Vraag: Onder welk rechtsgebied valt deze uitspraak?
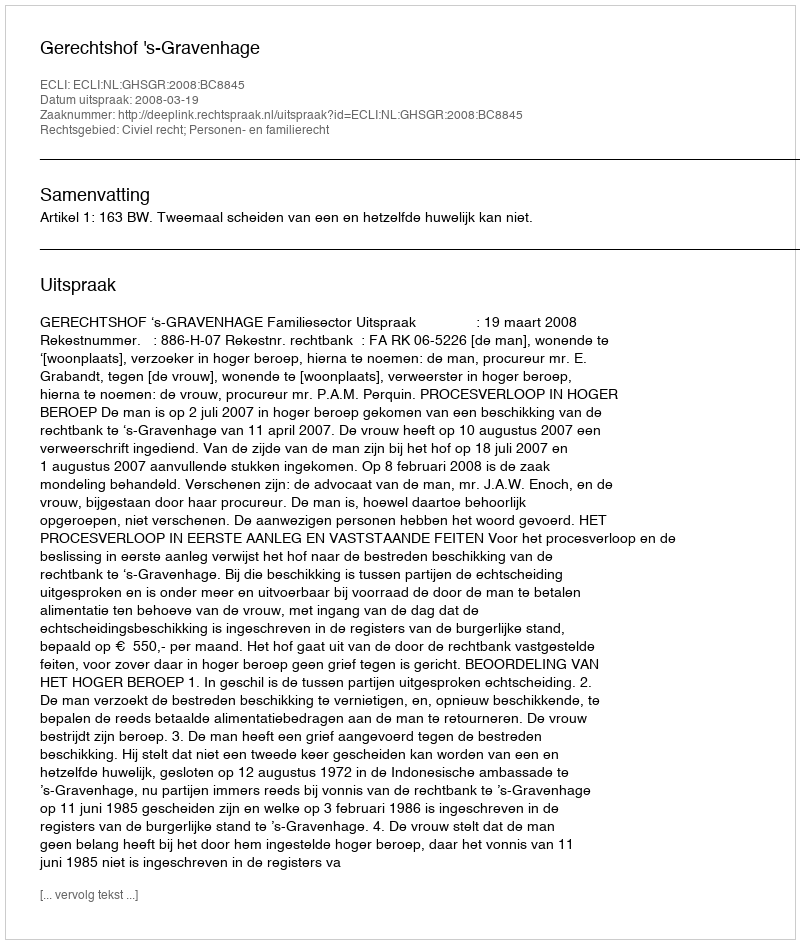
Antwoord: Civiel recht; Personen- en familierecht